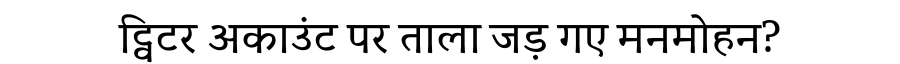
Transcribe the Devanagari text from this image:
ट्विटर अकाउंट पर ताला जड़ गए मनमोहन?